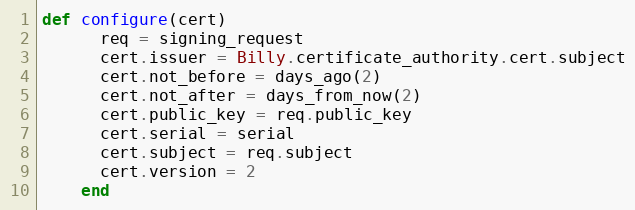
Language: Ruby
def configure(cert)
      req = signing_request
      cert.issuer = Billy.certificate_authority.cert.subject
      cert.not_before = days_ago(2)
      cert.not_after = days_from_now(2)
      cert.public_key = req.public_key
      cert.serial = serial
      cert.subject = req.subject
      cert.version = 2
    end